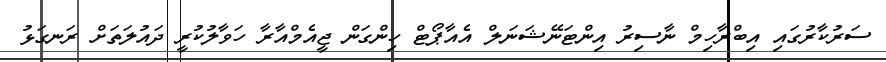
ސަރުކާރުގައި އިބްރާހިމް ނާސިރު އިންޓަނޭޝަނަލް އެއާޕޯޓް ހިންގަން ޖީއެމްއާރާ ހަވާލުކުރީ ދައުލަތަށް ރަނގަޅު